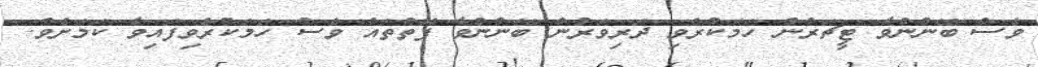
ވެސް ބޭނުންވާ ޓީޗަރުން ހަމަކުރެވި ދަރިވަރުން ބޭނުންވާ ފޮތްތައް ވެސް ހަމަކުރެވިފައިވާ ކަމަށެވެ.